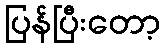
ပြန်ပြီးတော့